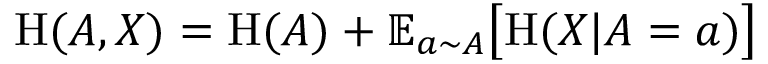
\mathrm { H } ( A , X ) = \mathrm { H } ( A ) + \mathbb { E } _ { a \sim A } { \big [ } \mathrm { H } ( X | A = a ) { \big ] }